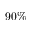
9 0 \%